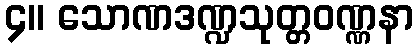
၄။ သောဏဒဏ္ဍသုတ္တဝဏ္ဏနာ